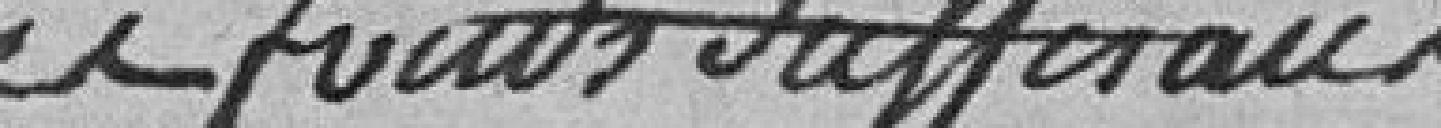
du fonds suffisant